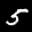
Label: 5